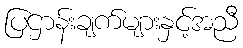
ပြဌာန်းချက်များနှင့်အညီ